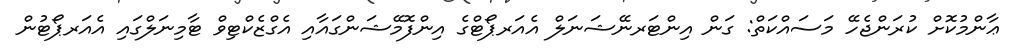
ޢާންމުކޮށް ކުރަންޖެހޭ މަސައްކަތް: ގަން އިންޓަރނޭޝަނަލް އެއަރޕޯޓްގެ އިންފޮމޭޝަންގައާއި އެގްޒެކްޓިވް ޓާމިނަލްގައި އެއަރޕޯޓުން